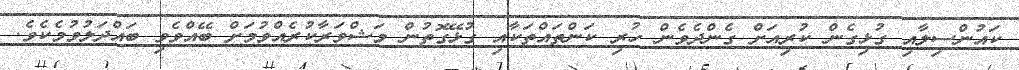
ކައުންސިލާއި ގުޅިގެން ކުރިއަށް ގެންދެވެން ހުރި ކަންތައްތަކާއި ގުޅޭގޮތުން މަޝްވަރާކުރެއްވުމަށް ބޭއްވެވި ބައްދަލުވުމެކެވެ.